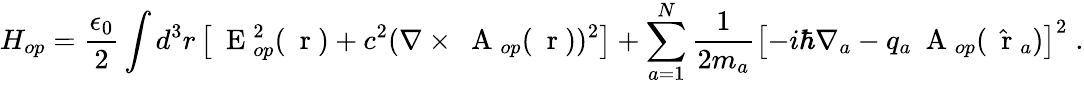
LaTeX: H_{op}=\frac{\epsilon_{0}}{2}\int d^{3}r\left[\mathrm{~\mathbf~E~}_{op}^{2}(\mathrm{~\mathbf~r~})+c^{2}(\nabla\times\mathrm{~\mathbf~A~}_{op}(\mathrm{~\mathbf~r~}))^{2}\right]+\sum_{a=1}^{N}\frac{1}{2m_{a}}\left[-i\hbar\nabla_{a}-q_{a}\mathrm{~\mathbf~A~}_{op}(\hat{\mathrm{~\mathbf~r~}}_{a})\right]^{2}\; .